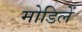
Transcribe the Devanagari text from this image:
मोडिलें